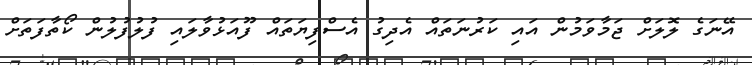
އޭނަގެ ލޮލަށް ޖަމާވަމުން އައި ކަރުނަތައް އެދިގު އެސްފިޔަތައް ފޫއަޅުވާލައި ފުލުފުލުން ކޯތާފަތަށް